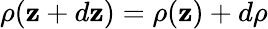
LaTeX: \rho(\mathbf{z}+d\mathbf{z})=\rho(\mathbf{z})+d\rho